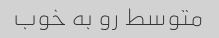
متوسط رو به خوب